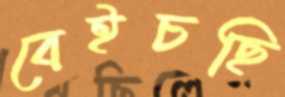
বেইচছি